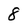
Character: 8